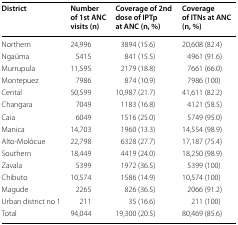
<table><thead><tr><td><b>District</b></td><td><b>Number of 1st ANC visits (n)</b></td><td><b>Coverage of 2nd dose of IPTp at ANC (n, %)</b></td><td><b>Coverage of ITNs at ANC (n, %)</b></td></tr></thead><tbody><tr><td>Northern</td><td>24,996</td><td>3894 (15.6)</td><td>20,608 (82.4)</td></tr><tr><td>Ngaúma</td><td>5415</td><td>841 (15.5)</td><td>4961 (91.6)</td></tr><tr><td>Murrupula</td><td>11,595</td><td>2179 (18.8)</td><td>7661 (66.0)</td></tr><tr><td>Montepuez</td><td>7986</td><td>874 (10.9)</td><td>7986 (100)</td></tr><tr><td>Cental</td><td>50,599</td><td>10,987 (21.7)</td><td>41,611 (82.2)</td></tr><tr><td>Changara</td><td>7049</td><td>1183 (16.8)</td><td>4121 (58.5)</td></tr><tr><td>Caia</td><td>6049</td><td>1516 (25.0)</td><td>5749 (95.0)</td></tr><tr><td>Manica</td><td>14,703</td><td>1960 (13.3)</td><td>14,554 (98.9)</td></tr><tr><td>Alto-Molócue</td><td>22,798</td><td>6328 (27.7)</td><td>17,187 (75.4)</td></tr><tr><td>Southern</td><td>18,449</td><td>4419 (24.0)</td><td>18,250 (98.9)</td></tr><tr><td>Zavala</td><td>5399</td><td>1972 (36.5)</td><td>5399 (100)</td></tr><tr><td>Chibuto</td><td>10,574</td><td>1586 (14.9)</td><td>10,574 (100)</td></tr><tr><td>Magude</td><td>2265</td><td>826 (36.5)</td><td>2066 (91.2)</td></tr><tr><td>Urban district no 1</td><td>211</td><td>35 (16.6)</td><td>211 (100)</td></tr><tr><td>Total</td><td>94,044</td><td>19,300 (20.5)</td><td>80,469 (85.6)</td></tr></tbody></table>